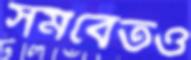
সমবেতও